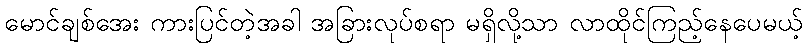
မောင်ချစ်အေး ကားပြင်တဲ့အခါ အခြားလုပ်စရာ မရှိလို့သာ လာထိုင်ကြည့်နေပေမယ့်